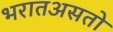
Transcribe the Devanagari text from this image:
भरातअसतो